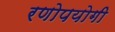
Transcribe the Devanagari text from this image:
रणोपयोगी